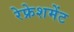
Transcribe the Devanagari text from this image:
रेफ्रेशमेंट